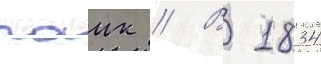
паик // В 1834